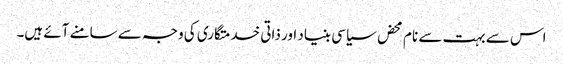
اس سے بہت سے نام محض سیاسی بنیاد اور ذاتی خدمتگاری کی وجہ سے سامنے آئے ہیں۔